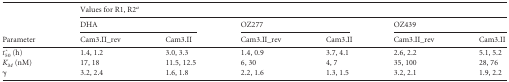
<table><thead><tr><td rowspan="3"><b>Parameter</b></td><td colspan="6"><b>Values for R1, R2<sup><i>a</i></sup></b></td></tr><tr><td colspan="2"><b>DHA</b></td><td colspan="2"><b>OZ277</b></td><td colspan="2"><b>OZ439</b></td></tr><tr><td><b>Cam3.II_rev</b></td><td><b>Cam3.II</b></td><td><b>Cam3.II_rev</b></td><td><b>Cam3.II</b></td><td><b>Cam3.II_rev</b></td><td><b>Cam3.II</b></td></tr></thead><tbody><tr><td><i>t</i>^<sub>50</sub> (h)</td><td>1.4, 1.2</td><td>3.0, 3.3</td><td>1.4, 0.9</td><td>3.7, 4.1</td><td>2.6, 2.2</td><td>5.1, 5.2</td></tr><tr><td><i>K<sub>M</sub></i> (nM)</td><td>17, 18</td><td>11.5, 12.5</td><td>6, 30</td><td>4, 7</td><td>35, 100</td><td>28, 76</td></tr><tr><td>γ</td><td>3.2, 2.4</td><td>1.6, 1.8</td><td>2.2, 1.6</td><td>1.3, 1.5</td><td>3.2, 2.1</td><td>1.9, 2.2</td></tr></tbody></table>